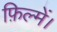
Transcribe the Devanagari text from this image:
फ़िल्में।